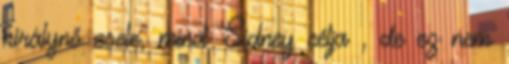
királynő csele, mind Sidney célja , de ez nem